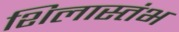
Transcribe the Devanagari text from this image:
शिलास्तंभ